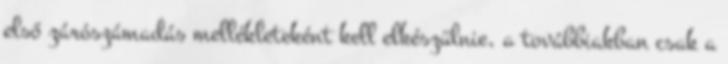
első zárószámadás mellékleteként kell elkészülnie, a továbbiakban csak a